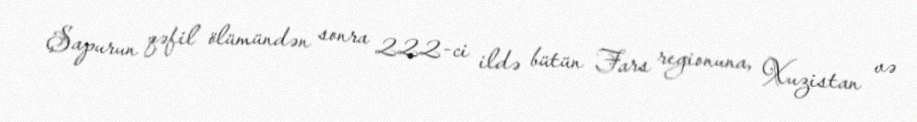
Şapurun qəfil ölümündən sonra 222-ci ildə bütün Fars regionuna, Xuzistan və